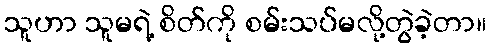
သူဟာ သူမရဲ့ စိတ်ကို စမ်းသပ်မလို့တွဲခဲ့တာ။